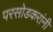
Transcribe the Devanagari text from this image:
परसोडकरांनी